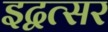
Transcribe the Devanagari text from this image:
इद्वत्सर